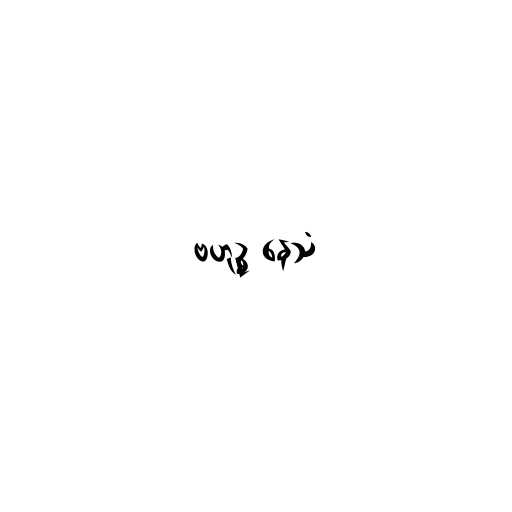
ဗဟုဉ္စ နေသံ